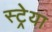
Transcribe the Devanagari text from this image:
स्ट्रेया